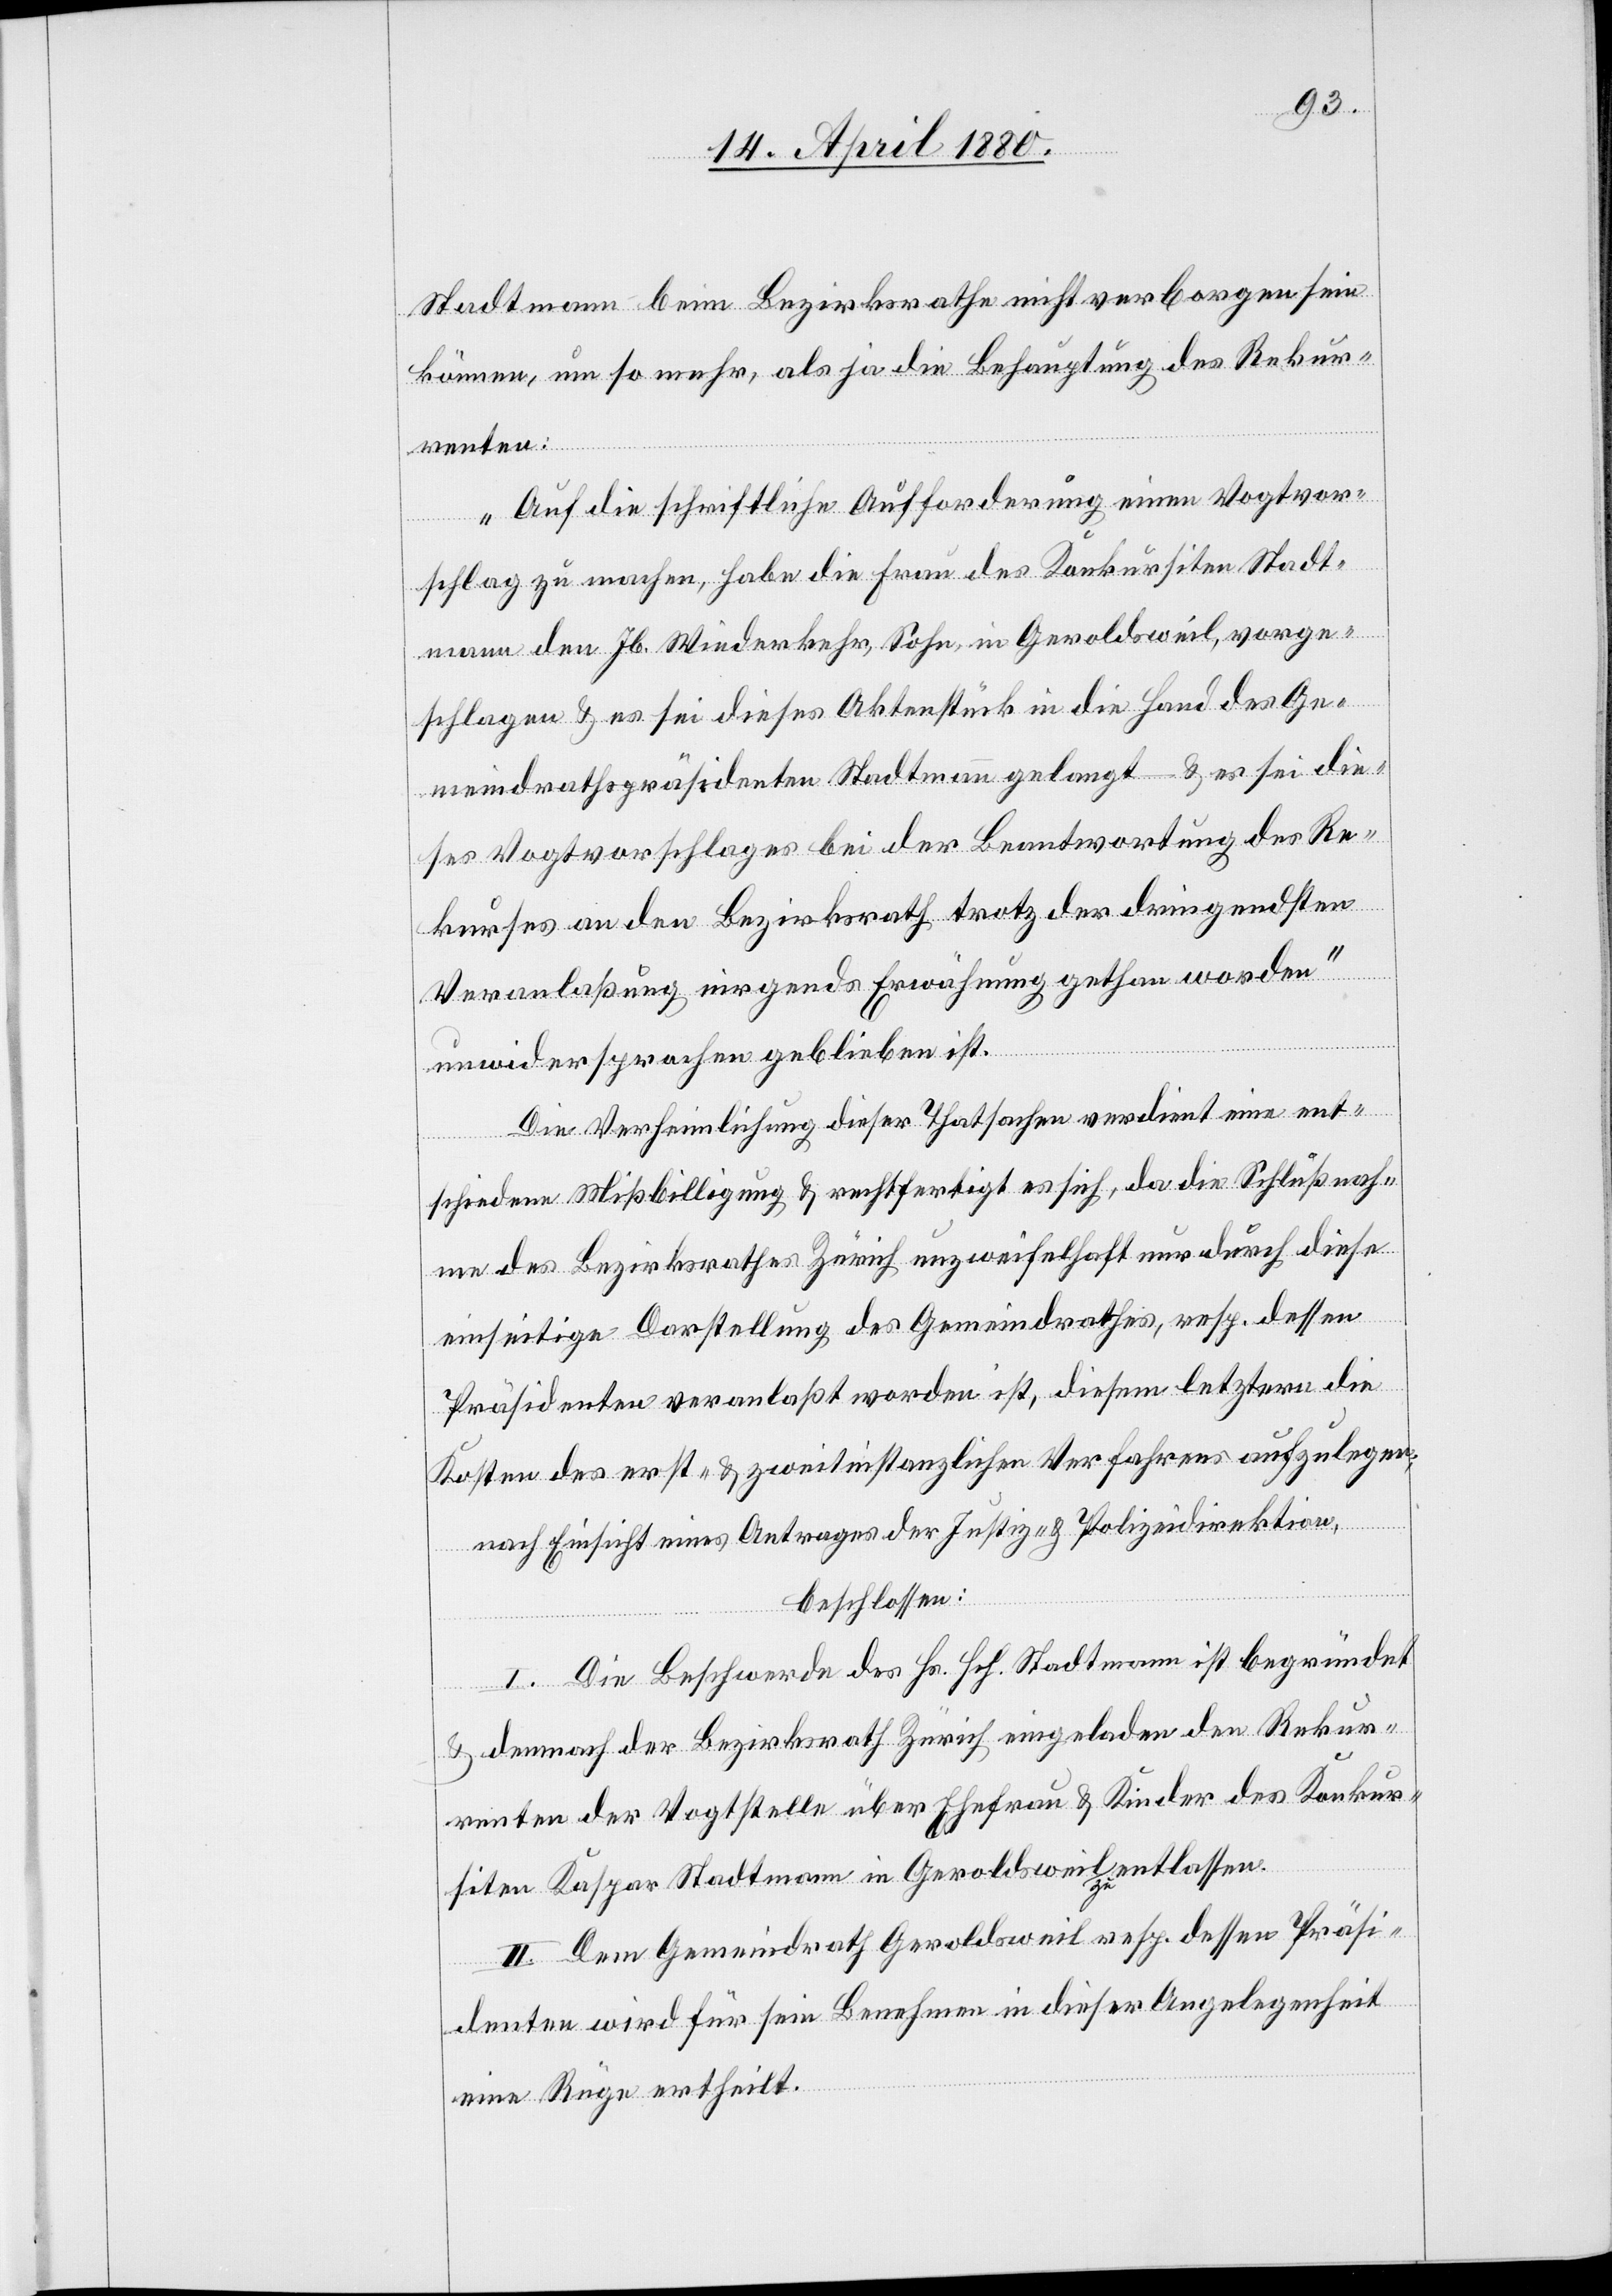
Stadtmann beim Bezirksrathe nicht verborgen sein
können, um so mehr, als ja die Behauptung des Rekur¬
renten
„Auf die schriftliche Aufforderung einen Vogtvor¬
schlag zu machen, habe die Frau des Konkursiten Stadt¬
mann den Jb. Wiederkehr, Sohn, in Geroldsweil, vorge¬
schlagen & es sei dieses Aktenstück in die Hand des Ge¬
meindrathspräsidenten Stadtmann gelangt – & es sei die¬
ses Vogtvorschlages bei der Beantwortung des Re¬
kurses an den Bezirksrath trotz der dringendsten
Veranlaßung nirgends Erwähnung gethan worden“
unwidersprochen geblieben ist.
Die Verheimlichung dieser Thatsachen verdient eine ent¬
schiedene Mißbilligung & rechtfertigt es sich, da die Schlußnah¬
me des Bezirksrathes Zürich unzweifelhaft nur durch diese
einseitige Darstellung des Gemeindrathes, resp. dessen
Präsidenten veranlaßt worden ist, diesem letztern die
Kosten des erst- & zweitinstanzlichen Verfahrens aufzulegen;
nach Einsicht eines Antrages der Justiz- & Polizeidirektion,
beschlossen:
I. Die Beschwerde des Hs. Hch. Stadtmann ist begründet
& demnach der Bezirksrath Zürich eingeladen den Rekur¬
[von] der Vogtstelle über Ehefrau & Kinder des Konkur¬
siten Kaspar Stadtmann in Geroldsweil a-zu-a entlassen.
II. Dem Gemeindrath Geroldsweil resp. dessen Präsi¬
dent wird für sein Benehmen in dieser Angelegenheit
eine Rüge ertheilt.